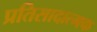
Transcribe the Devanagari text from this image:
प्रतिसादात्मक